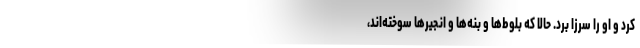
كرد و او را سرزا برد. حالا كه بلوط‌ها و بنه‌ها و انجيرها سوخته‌اند،